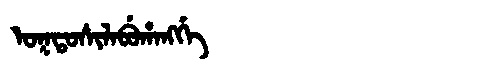
Manchu: ᠣᡴᡨᠣᠰᡳᠯᠠᠪᡠᡥᠠᠩᡤᡝ
Romanization: OKTOSILABUHANGGE